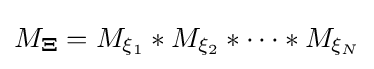
M_{\mathbf {\Xi } }=M_{\xi _{1}}\ast M_{\xi _{2}}\ast \dots \ast M_{\xi _{N}}